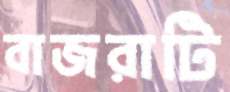
বাজরাটি